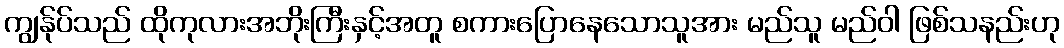
ကျွန်ုပ်သည် ထိုကုလားအဘိုးကြီးနှင့်အတူ စကားပြောနေသောသူအား မည်သူ မည်ဝါ ဖြစ်သနည်းဟု